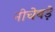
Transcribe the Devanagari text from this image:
नीचेबड़े